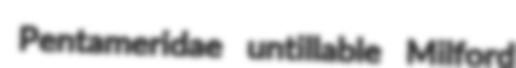
Pentameridae untillable Milford